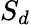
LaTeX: S_{d}